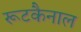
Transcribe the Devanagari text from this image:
रूटकैनाल